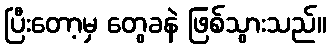
ပြီးတော့မှ တွေခနဲ ဖြစ်သွားသည်။